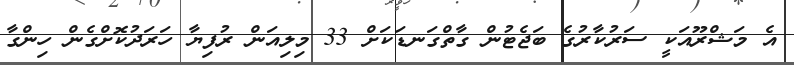
އެ މަޝްރޫއަކީ ސަރުކާރުގެ ބަޖެޓުން ގާތްގަނޑަކަށް 33 މިލިއަން ރުފިޔާ ހަރަދުކޮށްގެން ހިންގާ